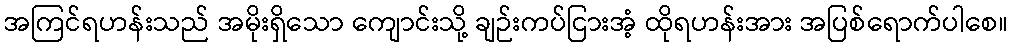
အကြင်ရဟန်းသည် အမိုးရှိသော ကျောင်းသို့ ချဉ်းကပ်ငြားအံ့ ထိုရဟန်းအား အပြစ်ရောက်ပါစေ။